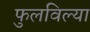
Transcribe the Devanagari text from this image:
फुलविल्या